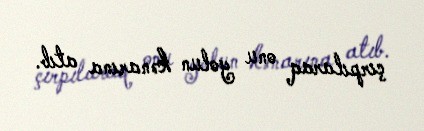
çırpılaraq onu yolun kənarına atıb.